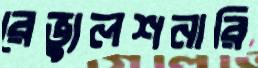
রেভ্যুলশনারি